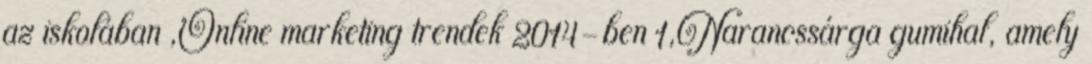
az iskolában ,Online marketing trendek 2014-ben 1,Narancssárga gumihal, amely